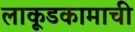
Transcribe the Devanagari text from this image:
लाकूडकामाची